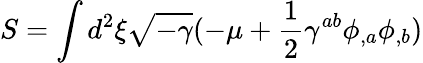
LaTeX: S=\int d^{2}\xi\sqrt{-\gamma}(-\mu+\frac{1}{2}\gamma^{ab}\phi_{,a}\phi_{,b})